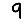
Digit: 9